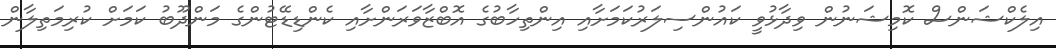
އިލެކްޝަންސް ކޮމިޝަނުން ވިދާޅުވީ ކައުންސިލަރުކަމަށާއި އިންތިހާބުގެ އޮބްޒާވަރަންށާއި ކެންޑިޑޭޓުންގެ މަންދޫބު ކަމަށް ކުރިމަތިލާން